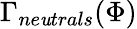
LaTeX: \Gamma_{ne\mathit{u}trals}(\Phi)